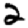
Digit: 2